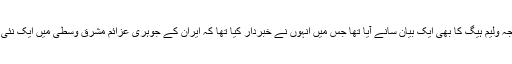
اس سے قبل برطانوی وزیرِ خارجہ ولیم ہیگ کا بھی ایک بیان سانے آیا تھا جس میں انہوں نے خبردار کیا تھا کہ ایران کے جوہری عزائم مشرقِ وسطٰی میں ایک نئی سرد جنگ شروع کر سکتے ہیں۔